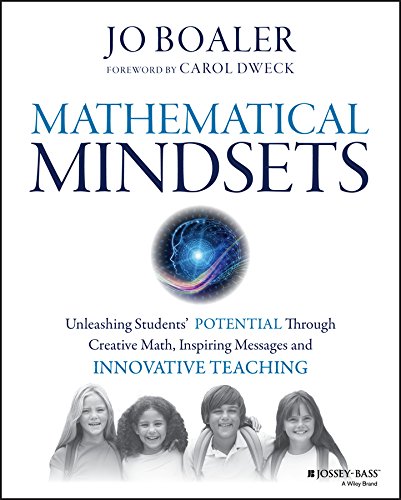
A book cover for Mathematical Mindsets: Unleashing Students' Potential through Creative Math, Inspiring Messages and Innovative Teaching; Jo Boaler; Education & Teaching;